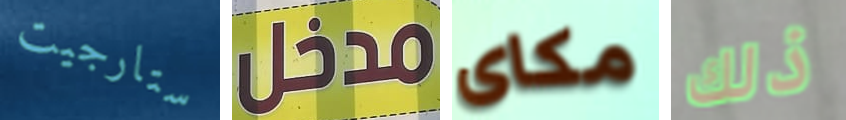
ستارجيت مدخل مكاى ذلك